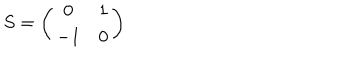
S = \left( \begin{array} { c c } { { 0 } } & { { 1 } } \\ { { - 1 } } & { { 0 } } \\ \end{array} \right)